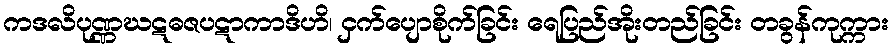
ကဒလိပုဏ္ဏဃဋဓဇပဋာကာဒိဟိ၊ ငှက်ပျောစိုက်ခြင်း ရေပြည်အိုးတည်ခြင်း တခွန်ကုက္ကား